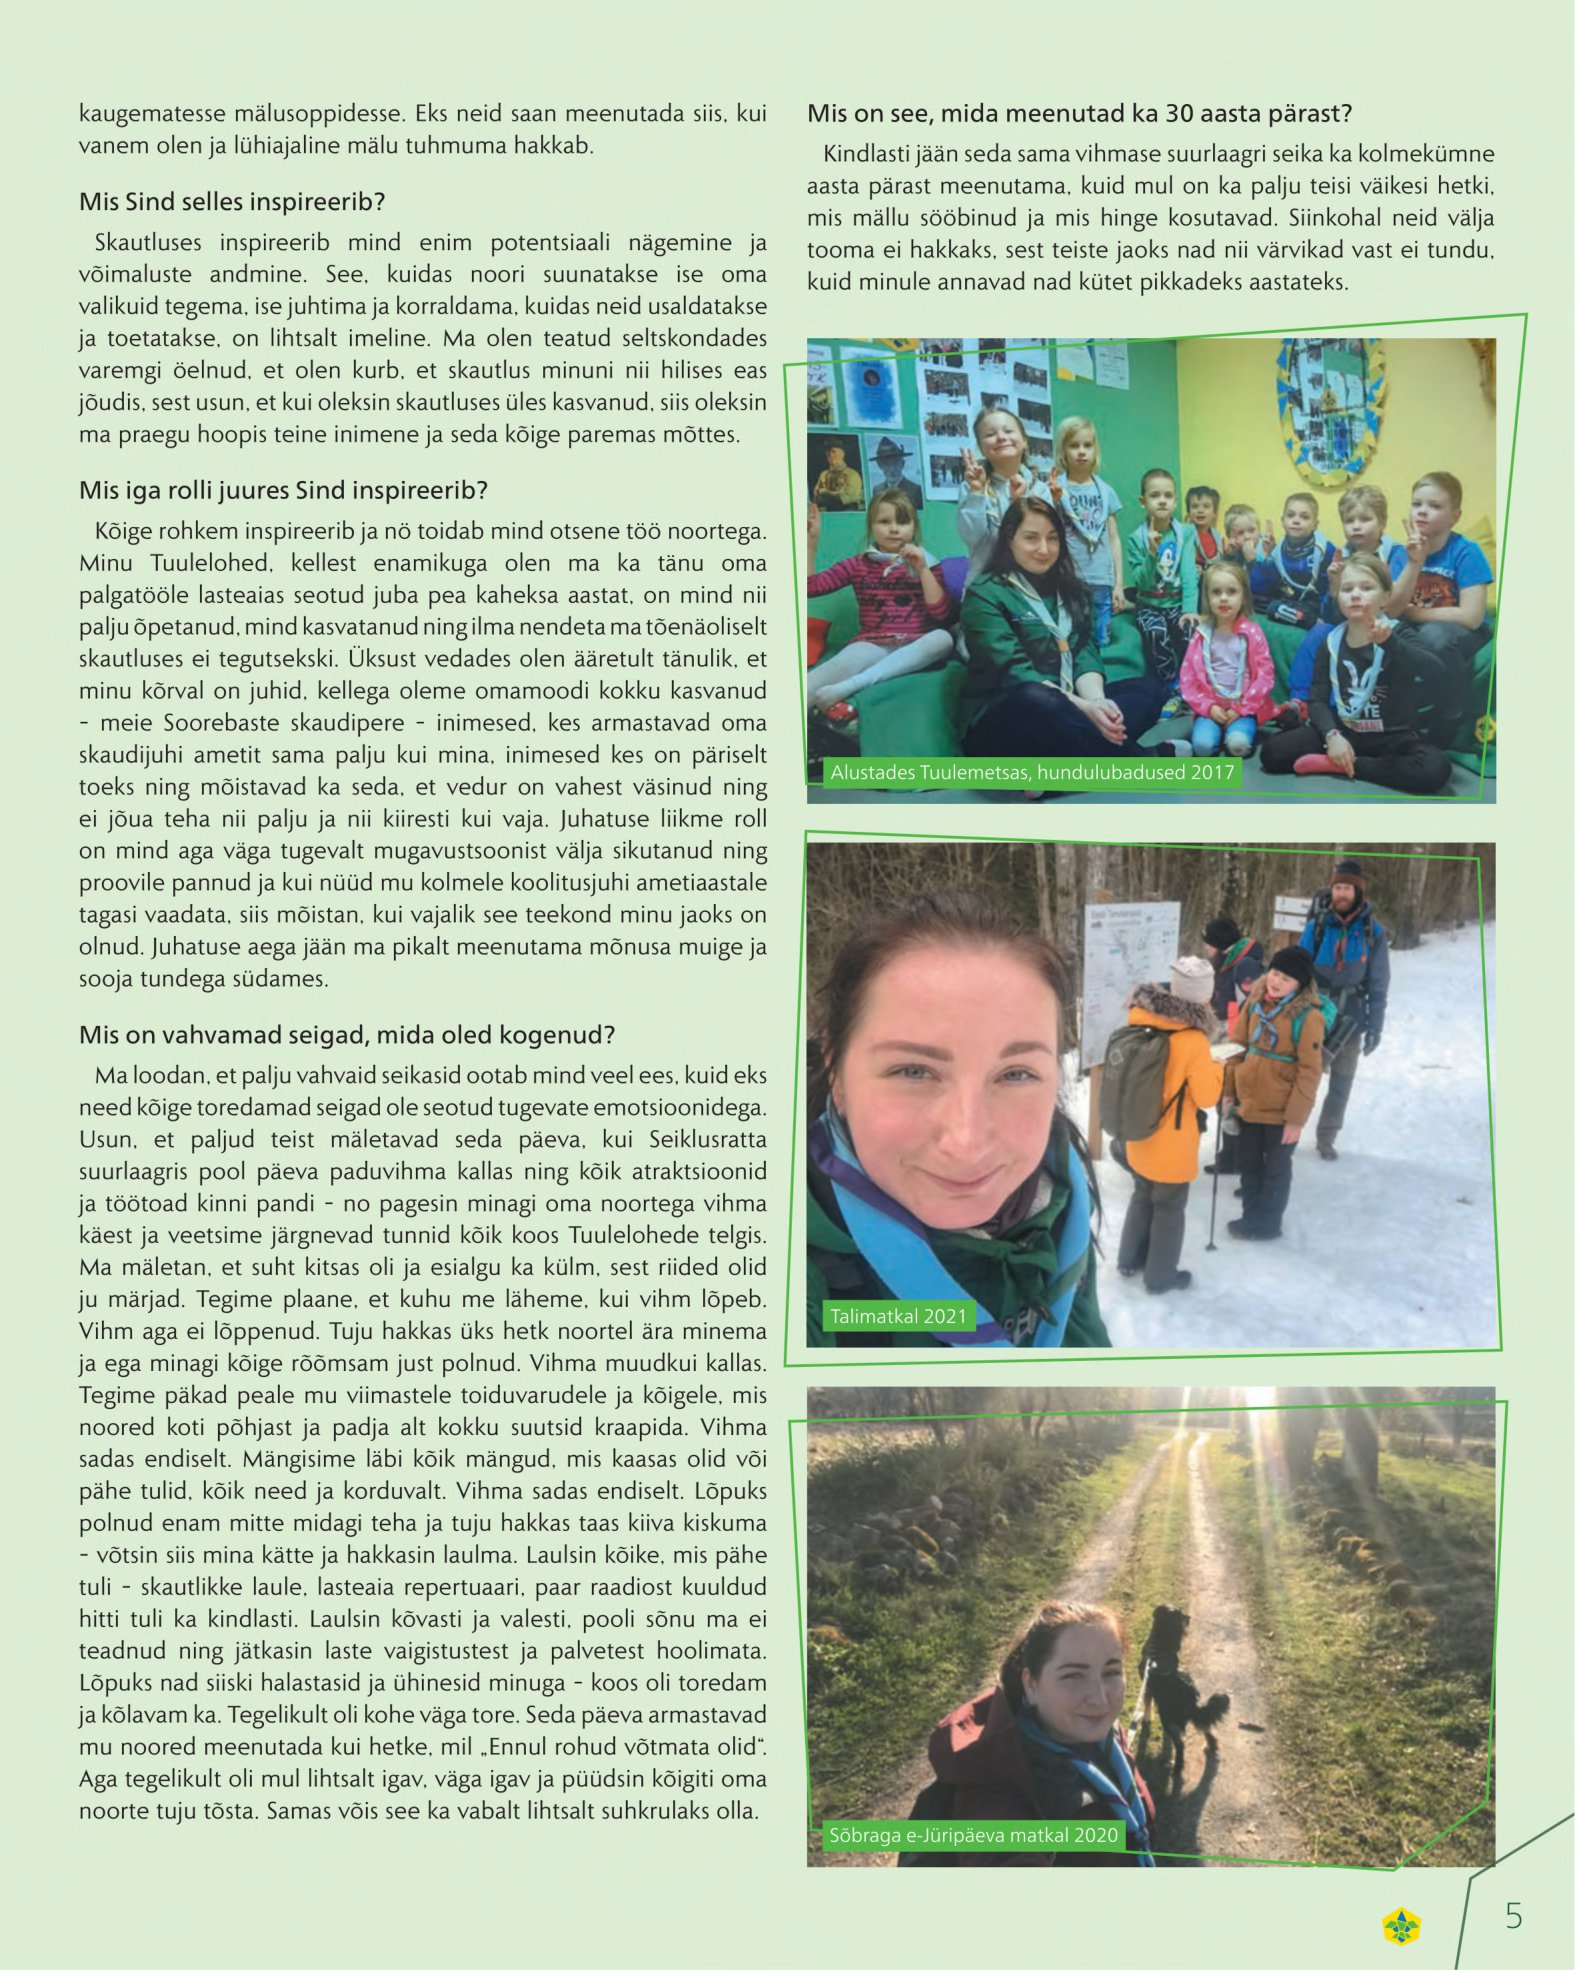
Language: et